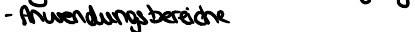
- Anwendungsbereiche